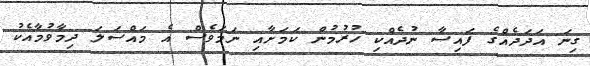
ގިނަ އަދަދެއްގެ ފައިސާ ނުދެއްކި ހުރުމުން ކަމަށާއި ނަމަވެސް އެ މައްސަލަ ދިމާވުމާއެކު